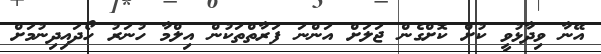
އޭނާ ވިދާޅުވީ ކުށް ކޮށްގެން ޖަލަށް އަންނަ ފަރާތްތަކުން އިލްމާ ހުނަރު ހޯދައިދިނުމަށް